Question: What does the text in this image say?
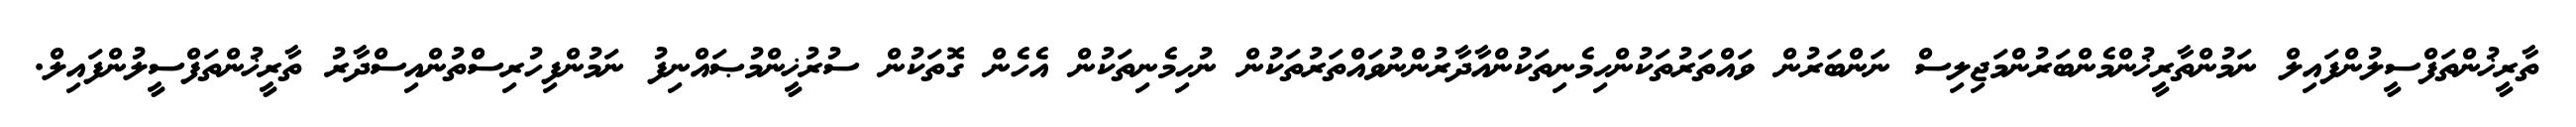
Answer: ތާރީޚުންތަފްސީލުންފައިލް ނަމުންތާރީޚުންމެންބަރުންމަޖިލިސް ނަންބަރުން ވައްތަރުތަކުންހިމެނިތަކުންއާދާރުންނުވައްތަރުތަކުން ނުހިމެނިތަކުން އެހެން ގޮތަކުން ސުރުޚީންމުޞައްނިފު ނަމުންފިހުރިސްތުންއިސްދާރު ތާރީޚުންތަފްސީލުންފައިލް.